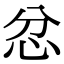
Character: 忿